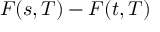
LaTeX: F ( s , T ) - F ( t , T )